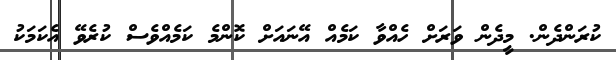
ކުރަންދެން. މީދެން ވަރަށް ހެއްވާ ކަމެއް އޭނައަށް ކޮންމެ ކަމެއްވެސް ކުރެވޭ އެކަމަކު